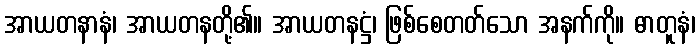
အာယတနာနံ၊ အာယတနတို့၏။ အာယတနဋ္ဌံ၊ ဖြစ်စေတတ်သော အနက်ကို။ ဓာတူနံ၊